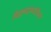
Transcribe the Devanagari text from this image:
विद्ध्यार्थ्यांच्या